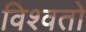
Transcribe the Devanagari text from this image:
विश्वतो